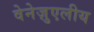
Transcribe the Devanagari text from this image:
वेनेज़ुएलीय